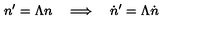
n ^ { \prime } = \Lambda n \quad \Longrightarrow \quad \dot { n } ^ { \prime } = \Lambda \dot { n }